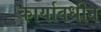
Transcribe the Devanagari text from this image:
कार्यावधीन